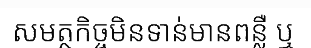
សមត្ថកិច្ចមិនទាន់មានពន្លឺ ឬ